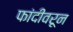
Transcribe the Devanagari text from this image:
फांदीवरून